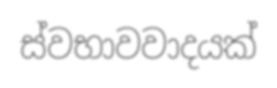
ස්වභාවවාදයක්